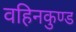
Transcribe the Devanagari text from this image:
वहिनकुण्ड